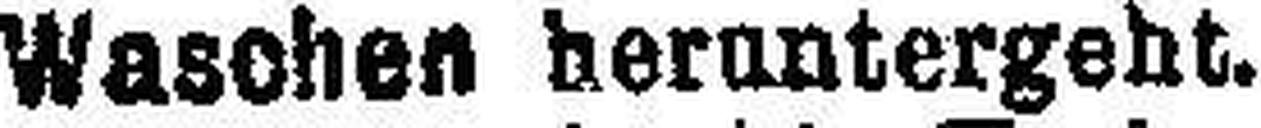
Waschen heruntergeht.